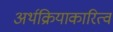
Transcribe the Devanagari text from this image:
अर्थक्रियाकारित्वं